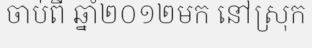
ចាប់ពី ឆ្នាំ២០១២មក នៅស្រុក